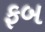
ફબ